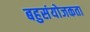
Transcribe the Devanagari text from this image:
बहुसंयोजकता